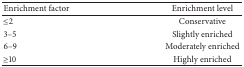
| Enrichment factor | Enrichment level |
 | --- | --- |
 | ≤2 | Conservative |
 | 3–5 | Slightly enriched |
 | 6–9 | Moderately enriched |
 | ≥10 | Highly enriched |